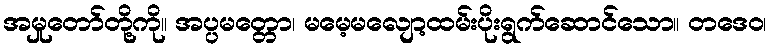
အမှုတော်တို့ကို။ အပ္ပမတ္တော၊ မမေ့မလျော့ထမ်းပိုးရွက်ဆောင်သော။ တဒေဝ၊